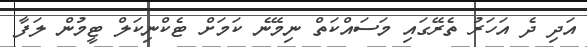
އަދި ދެ އަހަރު ތެރޭގައި މަސައްކަތް ނިމޭނެ ކަމަށް ޓެކްނިކަލް ޓީމުން ލަފާ